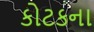
કોટકના